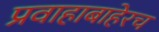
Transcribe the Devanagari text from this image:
प्रवाहाबाहेरच